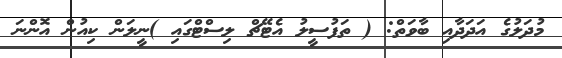
މުދަލުގެ އަދަދާއި ބާވަތް: ( ތަފުސީލު އެޓޭޗް ލިސްޓްގައި )ނީލަން ކިއުން އޮންނަ